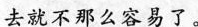
去就不那么容易了。